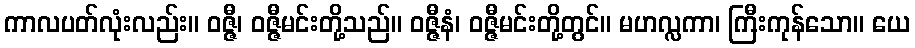
ကာလပတ်လုံးလည်း။ ဝဇ္ဇီ၊ ဝဇ္ဇီမင်းတို့သည်။ ဝဇ္ဇီနံ၊ ဝဇ္ဇီမင်းတို့တွင်။ မဟလ္လကာ၊ ကြီးကုန်သော။ ယေ